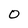
Character: 0